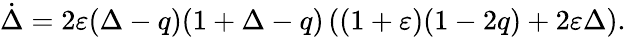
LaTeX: \dot{\Delta}=2\varepsilon(\Delta-q)(1+\Delta-q)\left((1+\varepsilon)(1-2q)+2\varepsilon\Delta\right).